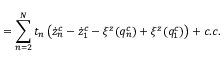
= \sum _ { n = 2 } ^ { \cal N } t _ { n } \left( \dot { z } _ { n } ^ { c } - \dot { z } _ { 1 } ^ { c } - \xi ^ { z } ( q _ { n } ^ { c } ) + \xi ^ { z } ( q _ { 1 } ^ { c } ) \right) + c . c .